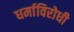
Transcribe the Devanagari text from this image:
धर्माविरोधी